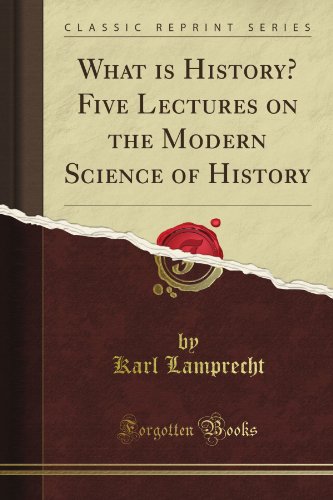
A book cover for What Is History? Five Lectures on the Modern Science of History (Classic Reprint); Karl Lamprecht; Literature & Fiction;